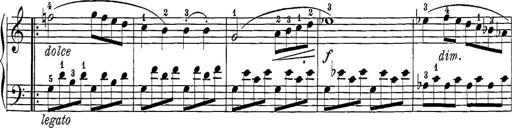
Title: 12 Sonatine per Pianoforte
Composer: Friedrich Kuhlau